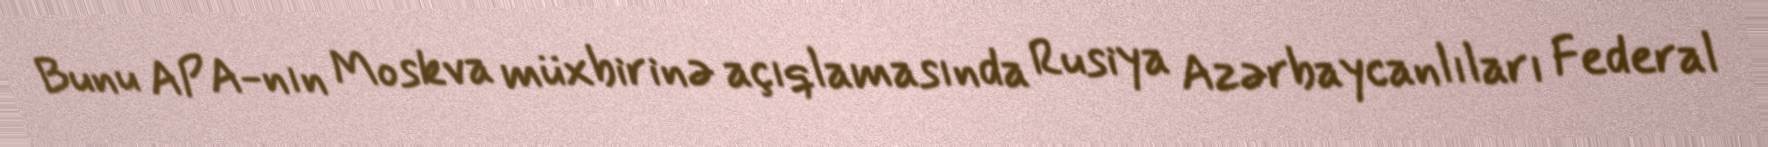
Bunu APA-nın Moskva müxbirinə açıqlamasında Rusiya Azərbaycanlıları Federal